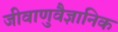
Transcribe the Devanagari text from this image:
जीवाणुवैज्ञानिक